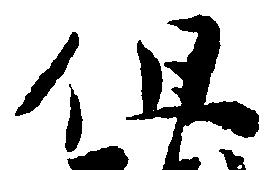
但